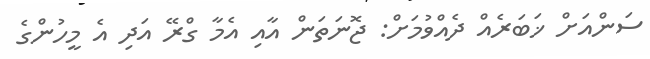
ސަންއަށް ޚަބަރެއް ދެއްވުމަށް: ޖޮނަތަން އާއި އެމާ ގްރޭ އަދި އެ މީހުންގެ